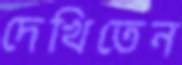
দেখিতেন